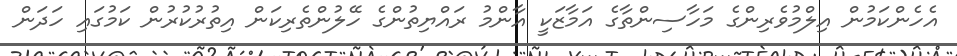
އެހެންކަމުން އިލްމުވެރިންގެ މަހާސިންތާގެ އަމާޒަކީ އާންމު ރައްޔިތުންގެ ހޭލުންތެރިކަން އިތުރުކުރުން ކަމުގައި ހަދަން